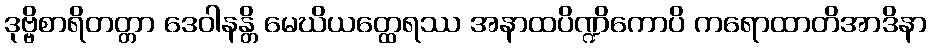
ဒုဗ္ဗိစာရိတတ္တာ ဒေဝါနန္တိ မေဃိယတ္ထေရဿ အနာထပိဏ္ဍိကောပိ ကရောထာတိအာဒိနာ